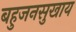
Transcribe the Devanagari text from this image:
बहुजनसुखाय